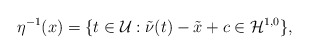
\begin{align*}\eta^{-1}(x)=\{t\in\mathcal U: \tilde \nu(t)-\tilde x+c\in\mathcal H^{1,0}\},\end{align*}